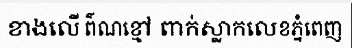
ខាងលើ ព៌ណខ្មៅ ពាក់ស្លាកលេខភ្នំពេញ